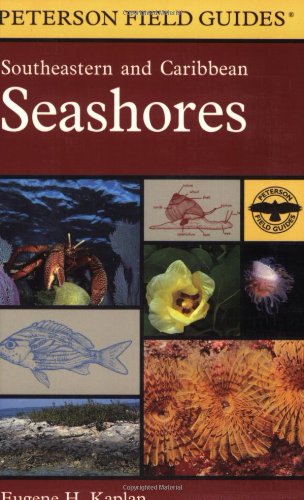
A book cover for A Field Guide to Southeastern and Caribbean Seashores: Cape Hatteras to the Gulf Coast, Florida, and the Caribbean (Peterson Field Guides); Eugene H. Kaplan; Science & Math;